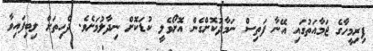
ފިރިމީހާގެ ޖަމާއަތުގައި އޭނާ ފަތިސް ނަމާދުކޮށްގެން އޮށޯވެލީ ކުޑަކޮށް ނިދާލުމަށެވެ. ދެހިތަށް ލިބިފައިވާ